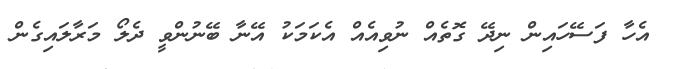
އެހާ ފަސޭހައިން ނިދޭ ގޮތެއް ނުވިއެއް އެކަމަކު އޭނާ ބޭނުންވީ ދެލޯ މަރާލައިގެން